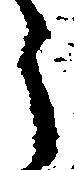
う